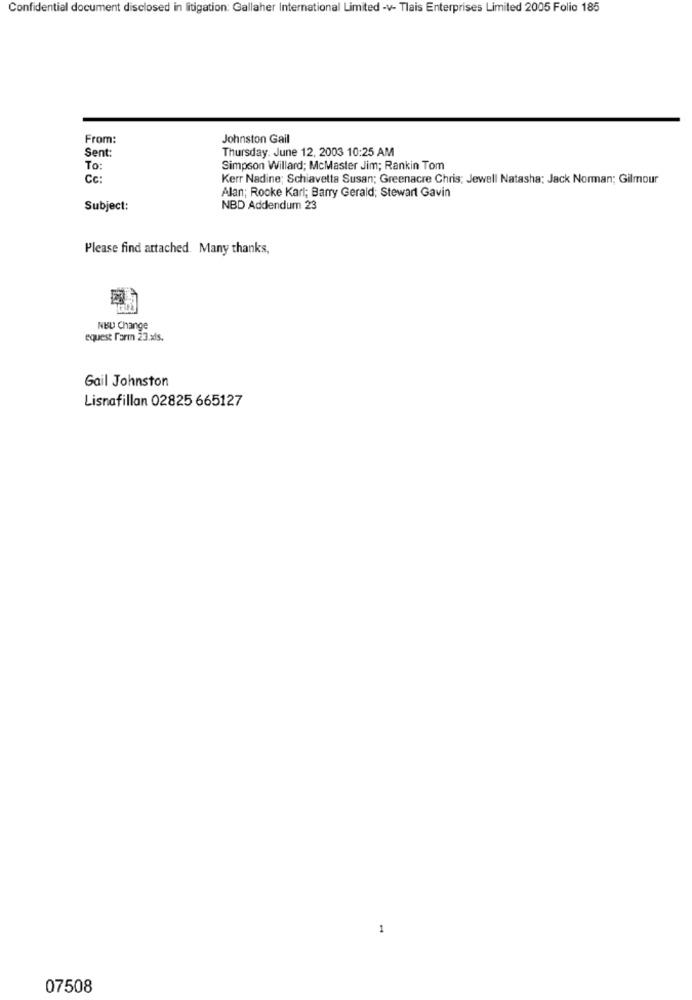
Confidential document disclosed in litigation: Gallaher International Limited -v- Tlais Enterprises Limited 2005 Folio 185
From:
Johnston Gail
Thursday. June 12, 2003 10:25 AM
Sent:
To:
Simpson Willard; McMaster Jim; Rankin Tom
Cc:
Kerr Nadine; Schiavetta Susan; Greenacre Chris; Jewell Natasha; Jack Norman; Gilmour
Alan; Rooke Karl; Barry Gerald; Stewart Gavin
Subject:
NBD Addendum 23
Please find attached. Many thanks,
NEU Change
equest farm 23.xls.
Gail Johnston
Lisnafillan 02825 665127
1
07508